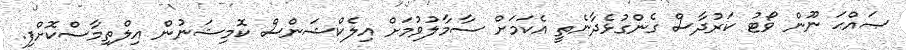
ޞައްޙަ ނޫން ވޯޓު ކަރުދާސް ގެންގުޅެދާނެތީ އެކަމަށް ސާމާލުވުމަށް އިލެކްޝަންސް ކޮމިޝަނުން އިލްތިމާސްކޮށްފި.